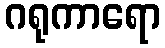
ဂရုကာရော